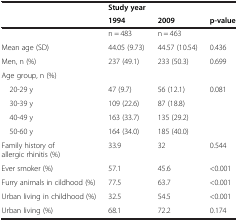
<table><thead><tr><td><b> </b></td><td><b>Study year</b></td><td><b> </b></td><td><b> </b></td></tr><tr><td><b> </b></td><td><b>1994</b></td><td><b>2009</b></td><td><b>p-value</b></td></tr></thead><tbody><tr><td> </td><td>n = 483</td><td>n = 463</td><td> </td></tr><tr><td>Mean age (SD)</td><td>44.05 (9.73)</td><td>44.57 (10.54)</td><td>0.436</td></tr><tr><td>Men, n (%)</td><td>237 (49.1)</td><td>233 (50.3)</td><td>0.699</td></tr><tr><td>Age group, n (%)</td><td> </td><td> </td><td> </td></tr><tr><td> 20-29 y</td><td>47 (9.7)</td><td>56 (12.1)</td><td rowspan="4">0.081</td></tr><tr><td> 30-39 y</td><td>109 (22.6)</td><td>87 (18.8)</td></tr><tr><td> 40-49 y</td><td>163 (33.7)</td><td>135 (29.2)</td></tr><tr><td> 50-60 y</td><td>164 (34.0)</td><td>185 (40.0)</td></tr><tr><td>Family history of allergic rhinitis (%)</td><td>33.9</td><td>32</td><td>0.544</td></tr><tr><td>Ever smoker (%)</td><td>57.1</td><td>45.6</td><td>&lt;0.001</td></tr><tr><td>Furry animals in cildhood (%)</td><td>77.5</td><td>63.7</td><td>&lt;0.001</td></tr><tr><td>Urban living in childhood (%)</td><td>32.5</td><td>54.5</td><td>&lt;0.001</td></tr><tr><td>Urban living (%)</td><td>68.1</td><td>72.2</td><td>0.174</td></tr></tbody></table>